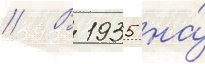
// В 1935 на́